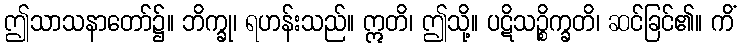
ဤသာသနာတော်၌။ ဘိက္ခု၊ ရဟန်းသည်။ ဣတိ၊ ဤသို့။ ပဋိသဉ္စိက္ခတိ၊ ဆင်ခြင်၏။ ကိံ